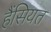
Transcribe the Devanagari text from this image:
हैंसियत